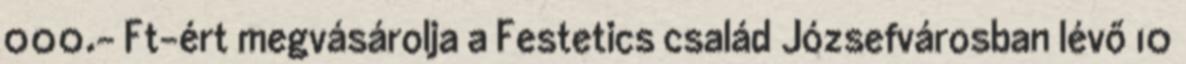
000.- Ft-ért megvásárolja a Festetics család Józsefvárosban lévő 10